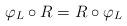
LaTeX: \begin{align*} \varphi_L \circ R=R \circ \varphi_L\end{align*}